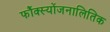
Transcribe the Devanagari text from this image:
फौंक्स्योंजनालितिक